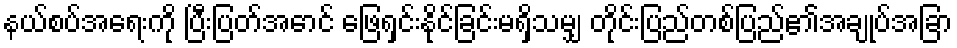
နယ်စပ်အရေးကို ပြီးပြတ်အောင် ဖြေရှင်းနိုင်ခြင်းမရှိသမျှ တိုင်းပြည်တစ်ပြည်၏အချုပ်အခြာ